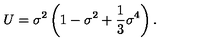
U = { \sigma } ^ { 2 } \left( 1 - { \sigma } ^ { 2 } + \frac { 1 } { 3 } { \sigma } ^ { 4 } \right) .